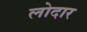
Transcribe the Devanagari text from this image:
लोदार